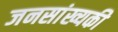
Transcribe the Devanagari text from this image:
जनसांख्यकी